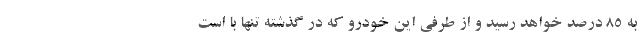
به ۸۵ درصد خواهد رسید و از طرفی این خودرو که در گذشته تنها با است